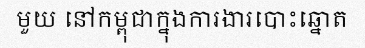
មួយ នៅកម្ពុជាក្នុងការងារបោះឆ្នោត